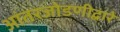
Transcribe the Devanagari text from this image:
आंतरजोडणीद्वारे